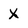
Character: X